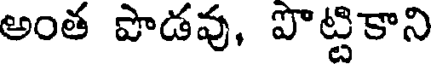
అంత పొడవు, పొట్టికాని